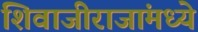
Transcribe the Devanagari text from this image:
शिवाजीराजांमध्ये